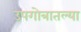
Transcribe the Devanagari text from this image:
उपगोत्रातल्या